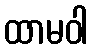
ထာမဝါ